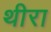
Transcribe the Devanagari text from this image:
थीरा